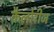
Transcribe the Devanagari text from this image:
कैलोरीज